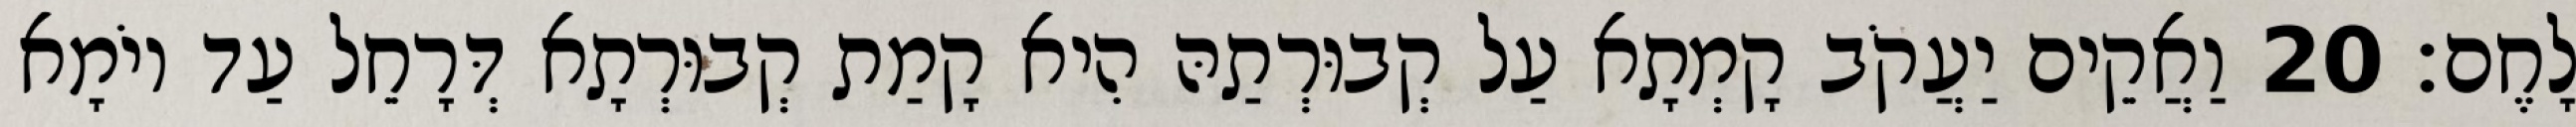
לָחֶם׃ 20 וַאֲקֵים יַעֲקֹב קָמְתָא עַל קְבוּרְתַהּ הִיא קָמַת קְבוּרְתָא דְּרָחֵל עַד יוֹמָא